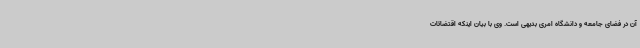
آن در فضای جامعه و دانشگاه امری بدیهی است. وی با بیان اینکه اقتضائات